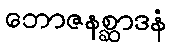
ဘောဇနစ္ဆာဒနံ